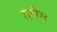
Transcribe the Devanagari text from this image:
रज़ील